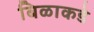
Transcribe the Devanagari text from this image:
बिळाकडे